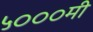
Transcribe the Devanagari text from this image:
५०००मी